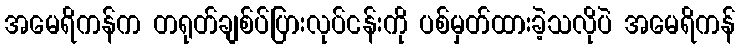
အမေရိကန်က တရုတ်ချစ်ပ်ပြားလုပ်ငန်းကို ပစ်မှတ်ထားခဲ့သလိုပဲ အမေရိကန်